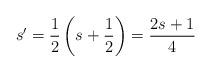
LaTeX: \begin{align*} s'= \frac12\left( s + \frac12\right) = \frac{2s+1}{4}\end{align*}